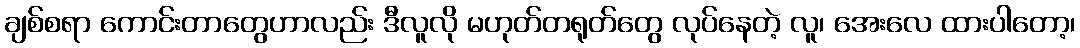
ချစ်စရာ ကောင်းတာတွေဟာလည်း ဒီလူလို မဟုတ်တရုတ်တွေ လုပ်နေတဲ့ လူ၊ အေးလေ ထားပါတော့၊